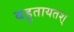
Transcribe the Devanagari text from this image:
बहुतायतश्